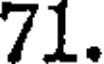
71.